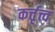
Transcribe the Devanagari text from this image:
कर्त्तृत्त्व